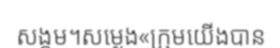
សង្គម។សម្លេង«ក្រុមយើងបាន